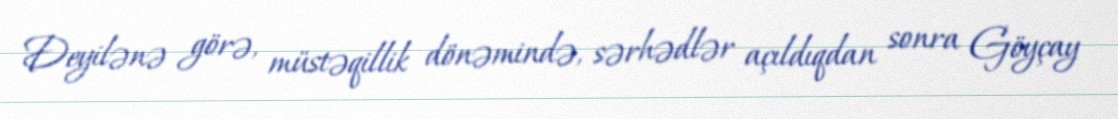
Deyilənə görə, müstəqillik dönəmində, sərhədlər açıldıqdan sonra Göyçay